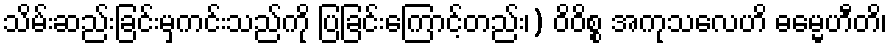
သိမ်းဆည်းခြင်းမှကင်းသည်ကို ပြခြင်းကြောင့်တည်း၊) ဝိဝိစ္စ အကုသလေဟိ ဓမ္မေဟီတိ၊